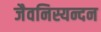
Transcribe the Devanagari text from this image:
जैवनिस्यन्दन